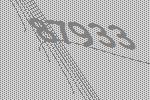
87933